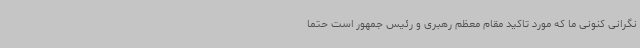
نگرانی کنونی ما که مورد تاکید مقام معظم رهبری و رئیس جمهور است حتما